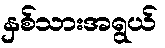
နှစ်သားအရွယ်